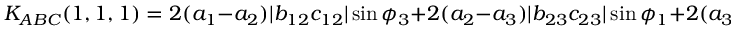
K _ { A B C } ( 1 , 1 , 1 ) = 2 ( a _ { 1 } - a _ { 2 } ) \vert b _ { 1 2 } c _ { 1 2 } \vert \sin \phi _ { 3 } + 2 ( a _ { 2 } - a _ { 3 } ) \vert b _ { 2 3 } c _ { 2 3 } \vert \sin \phi _ { 1 } + 2 ( a _ { 3 } - a _ { 1 } ) \vert b _ { 1 3 } c _ { 1 3 } \vert \sin \phi _ { 2 } \; .